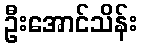
ဦးအောင်သိန်း